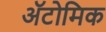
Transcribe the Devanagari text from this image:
ॲटोमिक